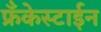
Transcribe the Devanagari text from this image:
फ्रँकेस्टाईन